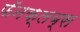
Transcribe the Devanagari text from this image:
फॅनक्लब्स